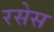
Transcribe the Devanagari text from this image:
रसेस